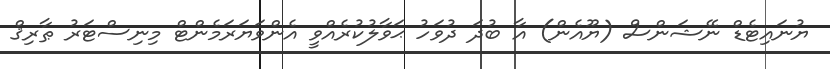
ޔުނައިޓެޑް ނޭޝަންސް (ޔޫއެން) އާ ބުދަ ދުވަހު ޙަވާލުކުރެއްވީ އެންވަޔަރަމެންޓް މިނިސްޓަރު ޠާރިޤް